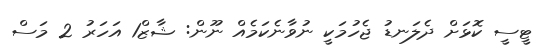
ޓީސީ ކޮޅަށް ދެލަނޑު ޖެހުމަކީ ނުވާނެކަމެއް ނޫން: ޝާޒް1 އަހަރު 2 މަސް